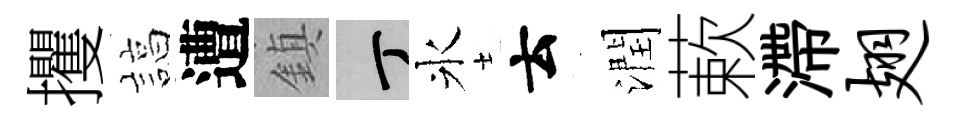
攫諄遭鎮丁氷云潤蔌滯翅